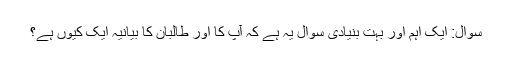
سوال: ایک اہم اور بہت بنیادی سوال یہ ہے کہ آپ کا اور طالبان کا بیانیہ ایک کیوں ہے؟